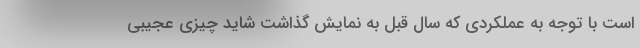
است با توجه به عملکردی که سال قبل به نمایش گذاشت شاید چیزی عجیبی